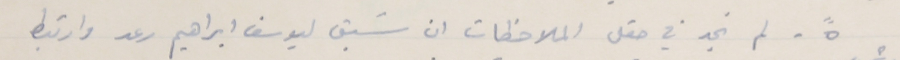
٥ ً - لم نجد في حقل الملاحظات ان سَبق ليوسف ابراهيم رعد وارتبط